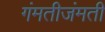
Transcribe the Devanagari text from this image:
गंमतीजंमती